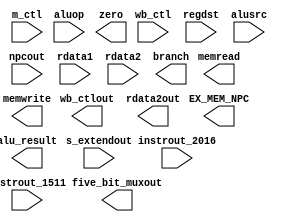
`timescale 1ns / 1ps
/* execute.v */
module EXECUTE(
	input		wire	[1:0]		wb_ctl,
	input		wire	[2:0]		m_ctl,
	input		wire				regdst, alusrc,
	input		wire	[1:0]		aluop, 
	input		wire	[31:0]	npcout, rdata1, rdata2, s_extendout,
	input		wire	[4:0]		instrout_2016, instrout_1511,
	output	wire	[1:0]		wb_ctlout,
	output	wire				branch, memread, memwrite,
	output	wire	[31:0]	EX_MEM_NPC,
	output	wire				zero,
	output	wire	[31:0]	alu_result, rdata2out,
	output	wire	[4:0]		five_bit_muxout
	);

	// signals
	wire	[31:0]	adder_out, b, aluout;
	wire	[4:0]		muxout;
	wire	[2:0]		control;
	wire				aluzero;
	
	// instantiations
   // have at it, wire this puppy up using Fig 3.1
	
endmodule // IEXECUTE